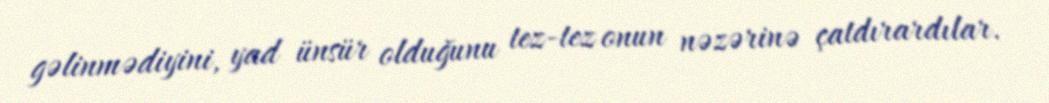
gəlinmədiyini, yad ünsür olduğunu tez-tez onun nəzərinə çatdırardılar.